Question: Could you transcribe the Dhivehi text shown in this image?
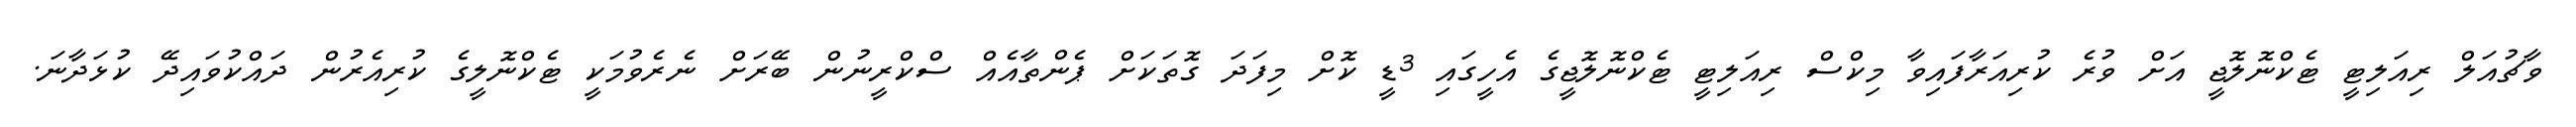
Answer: ވާޗުއަލް ރިއަލިޓީ ޓެކްނޮލޮޖީ އަށް ވުރެ ކުރިއަރާފައިވާ މިކްސް ރިއަލިޓީ ޓެކްނޮލޮޖީގެ އެހީގައި 3ޑީ ކޮށް މިފަދަ ގޮތަކަށް ޕެންތާއެއް ސްކްރީނުން ބޭރަށް ނެރެވުމަކީ ޓެކްނޮލީގެ ކުރިއެރުން ދައްކުވައިދޭ ކުޅަދާނަ.